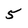
Character: 5